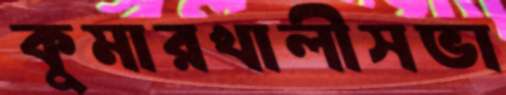
কুমারখালীসভা